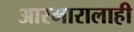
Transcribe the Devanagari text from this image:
आरमारालाही